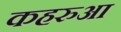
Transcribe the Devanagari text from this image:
कहरुआ